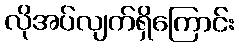
လိုအပ်လျက်ရှိကြောင်း